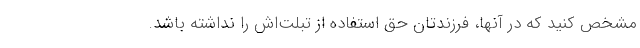
مشخص کنید که در آنها، فرزندتان حق استفاده از تبلت‌اش را نداشته باشد.